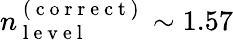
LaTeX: n_{\mathrm{~l~e~v~e~l~}}^{\mathrm{~(~c~o~r~r~e~c~t~)~}}\sim 1.57